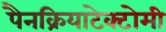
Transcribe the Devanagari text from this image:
पैनक्रियाटेक्टोमी